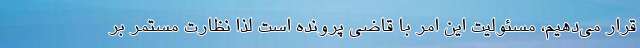
قرار می‌دهیم، مسئولیت این امر با قاضی پرونده است لذا نظارت مستمر بر